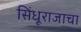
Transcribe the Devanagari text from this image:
सिंधूराजाचा